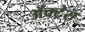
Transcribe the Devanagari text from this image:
ॲक्ट्रेस